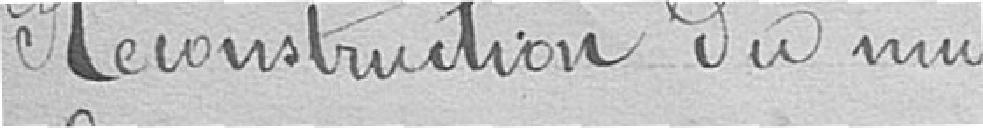
Reconstruction du mur